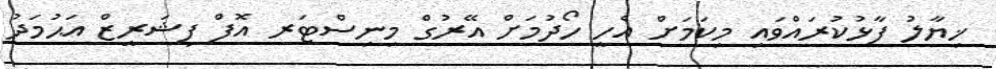
ޚިޔާލު ފާޅުކުރައްވައި މިކަމަށް އެހީ ހޯދުމަށް އޭރުގް މިނިސްޓަރ އޮފް ފިޝަރީޒް އަޙުމަދު